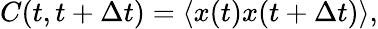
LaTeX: C(t,t+\Delta t)=\langle x(t)x(t+\Delta t)\rangle,